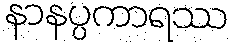
နာနပ္ပကာရဿ